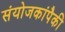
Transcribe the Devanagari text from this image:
संयोजकांपैकी